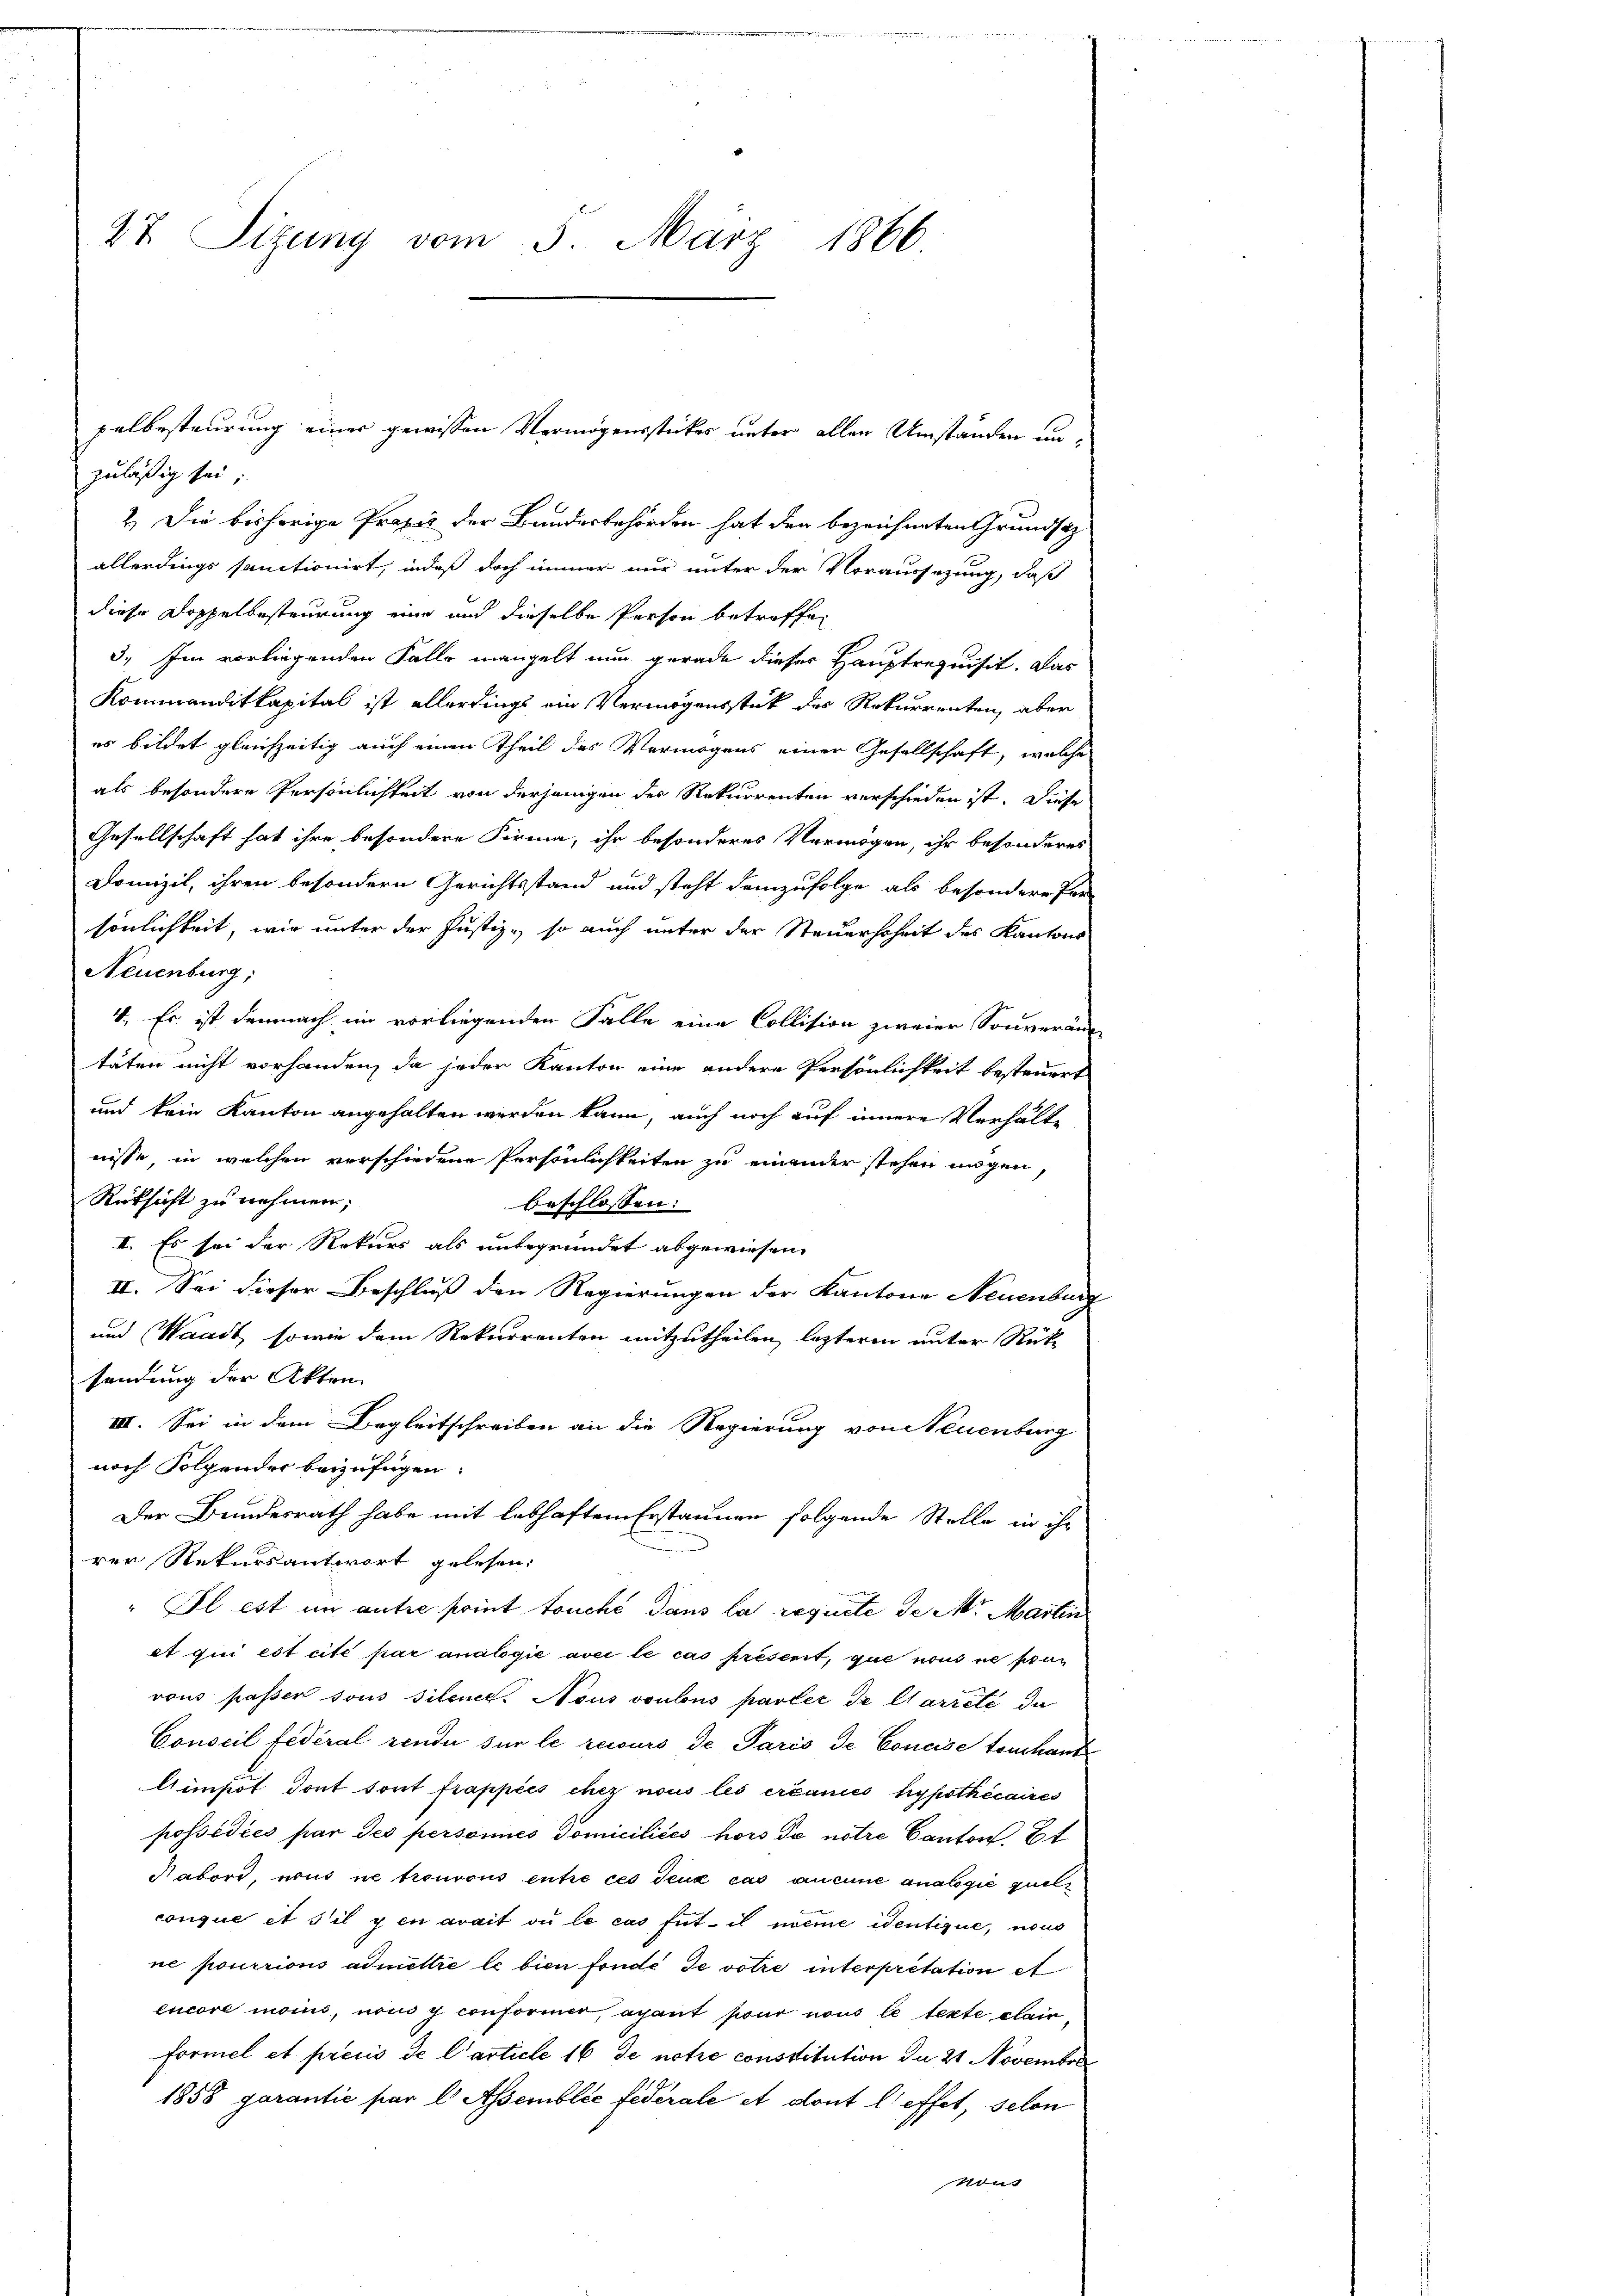
27. Sizung vom 5. März 1866.

zuläßig sei;
2.) Die bisherige Praxis der Bundesbehörden hat der bezeichneten Grundsatzallerdings sanctionirt, indeß doch immer nur unter der Voraussetzung, daß
diese Doppelbesteurung eine und dieselbe Person betreffen
3.) Im vorliegenden Falle mangelt nun gerade dieser Hauptrequisit. Das
Kommanditkapital ist allerdings ein Vermögensstück des Rekurrenten, aber
es bildet gleichzeitig auch einen Theil des Vermögens einer Gesellschaft, welche
als besondere Persönlichkeit von derjenigen der Rekurrenten verschieden ist. Diese
Gesellschaft hat ihre besondere Firma, ihr besonderes Vermögen, ihr besonderes
Drunzil, ihren besondern Gerichtsstand und steht demzufolge als besondere Per
sönlichkeit, wie unter der Justiz, so auch unter der Steuerhoheit des Kantons
Neuenburg,
4. Es ist demnach im vorliegenden Falle eine Collision zweier Souveräus
täten nicht vorhanden, da jeder Kanton eine andere Persönlichkeit besteuert
und kein Kanton angehalten werden kann, auch noch auf innere Verhälte
nisse in welchen verschiedene Persönlichkeiten zu einander stehen mögen,
Rüksicht zu nehmen;
beschlossen:
II. Es sei der Rekurs als unbegründet abgewiesen.
II. Sei dieser Beschluß den Regierungen der Kantone Neuenburg
und Waadt, sowie dem Rekurrenten mitzutheilen, lezteren unter Rück-
sendung der Akten
III. Sei in dem Begleitschreiben an die Regierung von Neuenburg
noch Folgender beizufügen.
Der Bundesrath habe mit lebhaften Erstaunen folgende Stelle in ihr
rer Rekursantwort gelesen:
" Il est in autre point touché dans la requite de M. Martin
et qui est cite par analogie avec le cas présent, que nous ne sta
vons passer sous silen. Nous voulons parter de Clarreté da
Conseil fédéral rende sur le recours de Paris de Concise touchant¬
Aipot dont sont frappies chez nous les créances hypothécaires
possédées par Jes personnes domiciliées hors de notre Canton Et
Nabord, nous ne trourons entre ces deux cas aucune analogie quell
conque et s’il y en avait ou le cas tut il nieme Sentique, nous
ne pourrions admettre le bien fonde de votre interpretation et
encore moins, non i conformer, acant pour nous le texte clain
Formel et preuis de l’article 16 de notie constitution du 21 Novembra
1858 garantie par l Asemblic fédérale et dont l’effet, selon
nous

pelbesteurung einer gewissen Vermögensstickes unter allen Umständen un¬